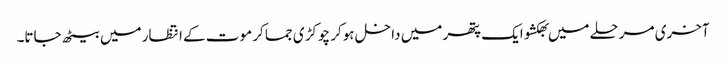
آخری مرحلے میں بھکشو ایک پتھر میں داخل ہوکر چوکڑی جما کر موت کے انتظار میں بیٹھ جاتا۔